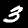
Label: 3